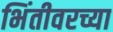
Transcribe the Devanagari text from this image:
भिंतीवरच्या